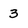
Character: 3